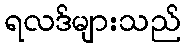
ရလဒ်များသည်